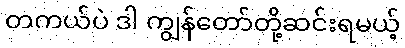
တကယ်ပဲ ဒါ ကျွန်တော်တို့ဆင်းရမယ့်